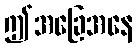
ဤအခြေအနေ